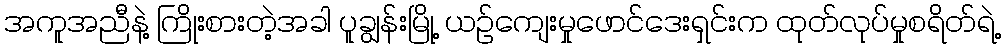
အကူအညီနဲ့ ကြိုးစားတဲ့အခါ ပူချွန်းမြို့ ယဉ်ကျေးမှုဖောင်ဒေးရှင်းက ထုတ်လုပ်မှုစရိတ်ရဲ့